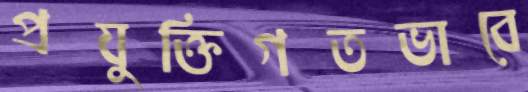
প্রযুক্তিগতভাবে